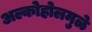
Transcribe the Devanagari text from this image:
अल्कोहोलमुळे